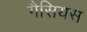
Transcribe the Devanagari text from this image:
गैसियस